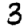
Digit: 3